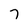
Character: 7